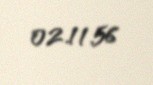
02.11.56